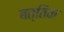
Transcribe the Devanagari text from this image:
बत्तिक